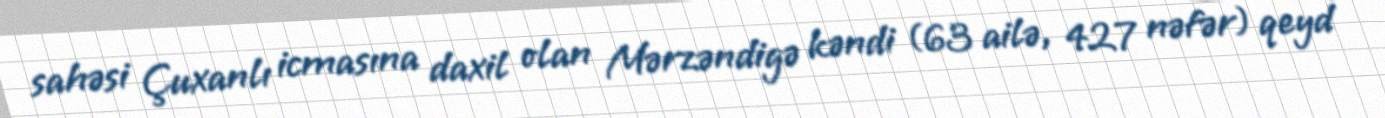
sahəsi Çuxanlı icmasına daxil olan Mərzəndigə kəndi (63 ailə, 427 nəfər) qeyd